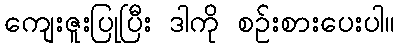
ကျေးဇူးပြုပြီး ဒါကို စဉ်းစားပေးပါ။